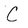
Character: C